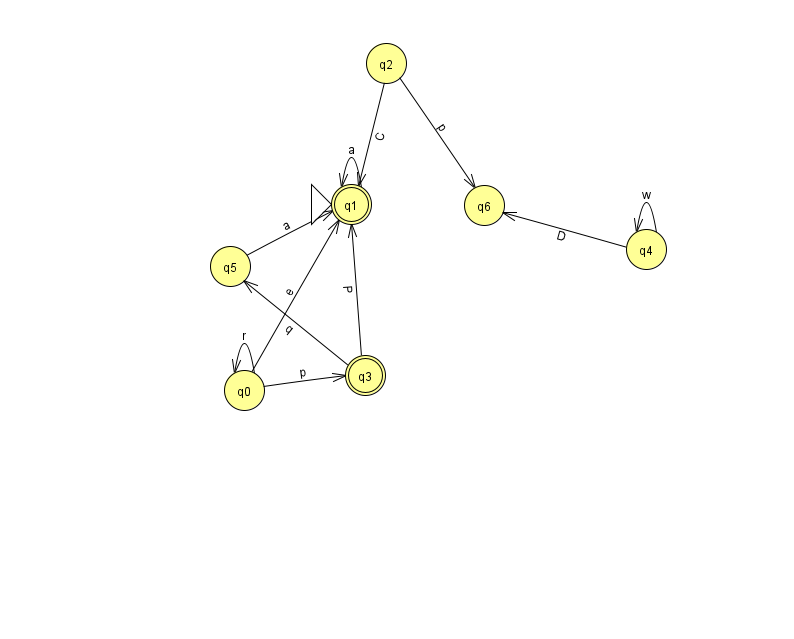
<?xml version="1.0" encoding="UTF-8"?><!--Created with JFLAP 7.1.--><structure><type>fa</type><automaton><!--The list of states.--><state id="0" name="q0"><x>244.0</x><y>377.0</y></state><state id="1" name="q1"><x>351.0</x><y>191.0</y><initial/><final/></state><state id="2" name="q2"><x>386.0</x><y>50.0</y></state><state id="3" name="q3"><x>365.0</x><y>362.0</y><final/></state><state id="4" name="q4"><x>646.0</x><y>236.0</y></state><state id="5" name="q5"><x>230.0</x><y>253.0</y></state><state id="6" name="q6"><x>484.0</x><y>192.0</y></state><!--The list of transitions.--><transition><from>4</from><to>6</to><read>D</read></transition><transition><from>1</from><to>1</to><read>a</read></transition><transition><from>0</from><to>0</to><read>r</read></transition><transition><from>2</from><to>1</to><read>C</read></transition><transition><from>3</from><to>1</to><read>P</read></transition><transition><from>4</from><to>4</to><read>w</read></transition><transition><from>5</from><to>1</to><read>a</read></transition><transition><from>0</from><to>1</to><read>e</read></transition><transition><from>0</from><to>3</to><read>p</read></transition><transition><from>3</from><to>5</to><read>q</read></transition><transition><from>2</from><to>6</to><read>p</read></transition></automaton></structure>